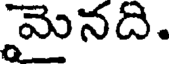
మైనది.